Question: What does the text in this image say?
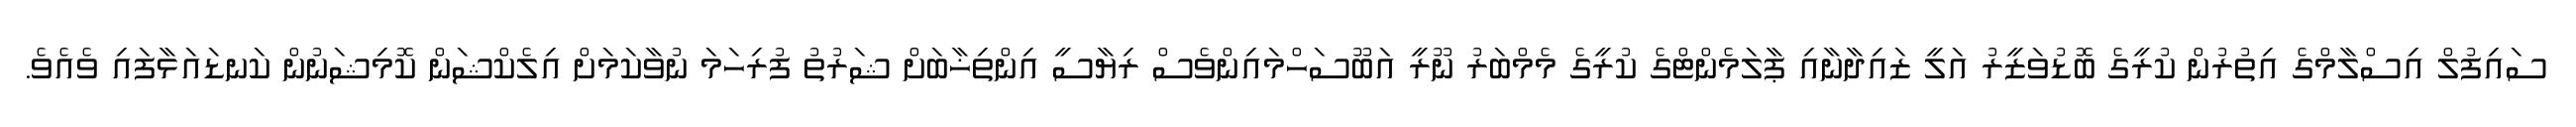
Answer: ސައިފުލް އިސްލާމްގެ އިތުރުން ކުރީގެ ބޮޑުވަޒީރު އަލީ ޒައިދާނާއި ޕާލަމެންޓްގެ ކުރީގެ މެމްބަރު ނޫރީ އަބޫސަހްމައިންވެސް ރިޔާސީ އިންތިޚާބަށް ޝަރުތު ފުރިހަމަ ނުވާކަމަށް އިލެކްޝަން ކޮމިޝަނުން ކަނޑައަޅާފައި ވެއެވެ.